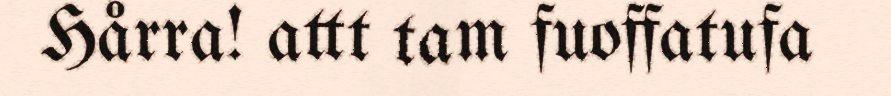
Hårra! attt tam fuoffatufa